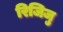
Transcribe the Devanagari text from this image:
रिजिजु